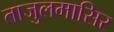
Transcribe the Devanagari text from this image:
ताजुलमासिर